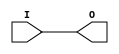

/*

FUNCTION	: BUFFFOE

*/

`timescale  100 ps / 10 ps

`celldefine

module BUFFOE (O, I);


    output O;

    input  I;

	buf B1 (O, I);

    specify
	(I *> O) = (0, 0);
    endspecify

endmodule

`endcelldefine